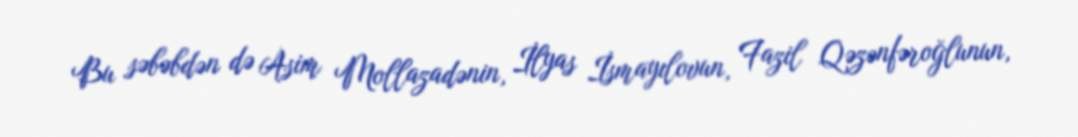
Bu səbəbdən də Asim Mollazadənin, İlyas İsmayılovun, Fazil Qəzənfəroğlunun,